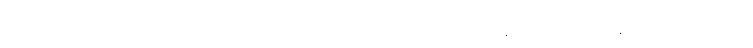
ဩတ္ထရိတွာ၊ ထောင်၍။ ဝဋ္ဋကေသု၊ ငုံးတို့ကို။ ဂယှမာနေသု၊ ဖမ်းကုန်သည်ရှိသော်။